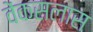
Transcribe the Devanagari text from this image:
वेंकसलास